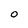
Character: o